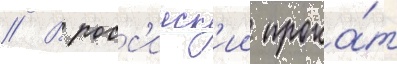
// В росс'ииск'ии прока́т